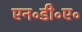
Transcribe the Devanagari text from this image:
एन॰डी॰ए॰